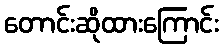
တောင်းဆိုထားကြောင်း